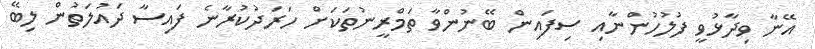
އޭނާ ވިދާޅުވީ ފުލުހުންނާއި ސިފައިން ބޭނުންވާ ތަމްރީނުތަކަށް ހަރަދުކުރާނެ ފައިސާ ދައުލަތުން ލިބޭ